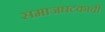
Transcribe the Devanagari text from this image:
समाजघटकाची